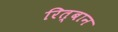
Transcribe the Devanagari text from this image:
रित्बान